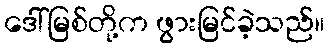
ဒေါ်မြစ်တို့က ဖွားမြင်ခဲ့သည်။